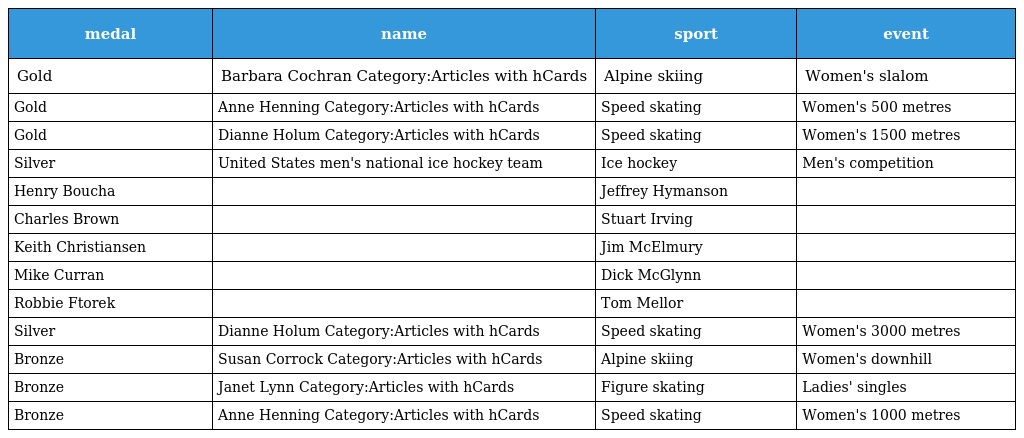
| medal | name | sport | event |
 | --- | --- | --- | --- |
 | Gold | Barbara Cochran Category:Articles with hCards | Alpine skiing | Women's slalom |
 | Gold | Anne Henning Category:Articles with hCards | Speed skating | Women's 500 metres |
 | Gold | Dianne Holum Category:Articles with hCards | Speed skating | Women's 1500 metres |
 | Silver | United States men's national ice hockey team | Ice hockey | Men's competition |
 | Henry Boucha |  | Jeffrey Hymanson |  |
 | Charles Brown |  | Stuart Irving |  |
 | Keith Christiansen |  | Jim McElmury |  |
 | Mike Curran |  | Dick McGlynn |  |
 | Robbie Ftorek |  | Tom Mellor |  |
 | Silver | Dianne Holum Category:Articles with hCards | Speed skating | Women's 3000 metres |
 | Bronze | Susan Corrock Category:Articles with hCards | Alpine skiing | Women's downhill |
 | Bronze | Janet Lynn Category:Articles with hCards | Figure skating | Ladies' singles |
 | Bronze | Anne Henning Category:Articles with hCards | Speed skating | Women's 1000 metres |